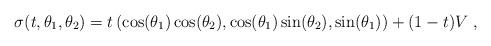
LaTeX: \begin{align*} \sigma(t,\theta_1,\theta_2)=t\left(\cos(\theta_1)\cos(\theta_2),\cos(\theta_1)\sin(\theta_2),\sin(\theta_1)\right)+(1-t)V\;,\end{align*}